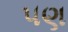
૫ણ